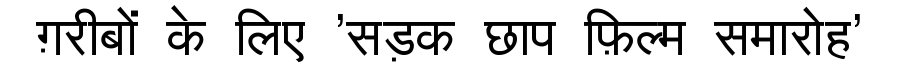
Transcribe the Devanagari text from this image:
ग़रीबों के लिए 'सड़क छाप फ़िल्म समारोह'